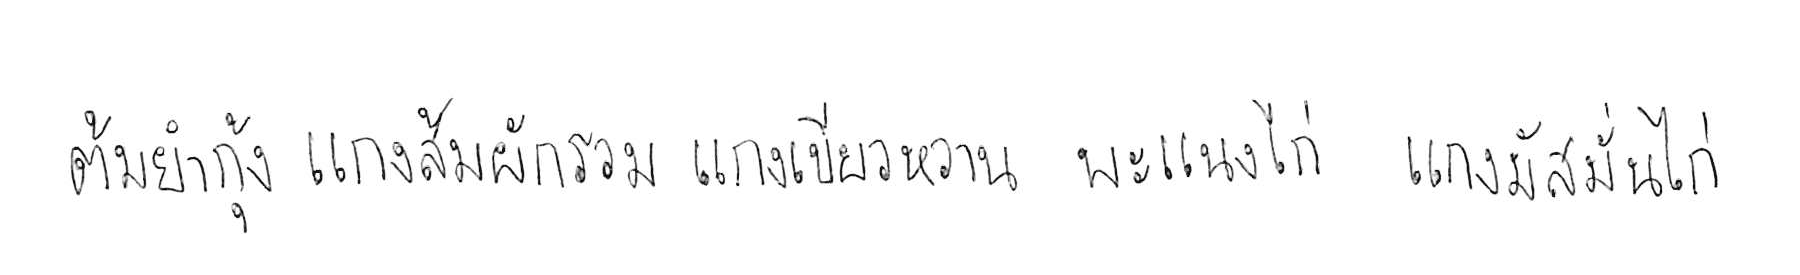
ต้มยำกุ้ง แกงส้มผักรวม แกงเขียวหวาน พะแนงไก่ แกงมัสมั่นไก่